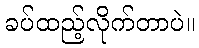
ခပ်ထည့်လိုက်တာပဲ။